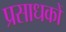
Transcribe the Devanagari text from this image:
प्रसाधकों